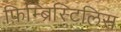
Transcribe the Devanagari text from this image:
फ़िम्ब्रिस्टिलिस